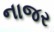
નાજર